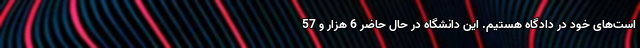
است‌های خود در دادگاه هستیم. این دانشگاه در حال حاضر 6 هزار و 57